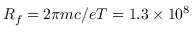
R _ { f } = 2 \pi m c / e T = 1 . 3 \times 1 0 ^ { 8 }